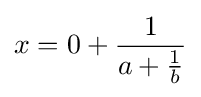
x=0+{\frac {1}{a+{\frac {1}{b}}}}